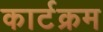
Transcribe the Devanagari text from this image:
कार्टक्रम